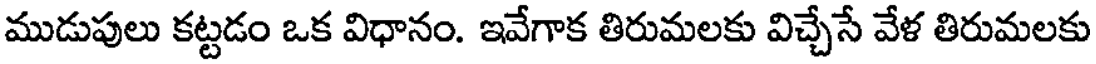
ముడుపులు కట్టడం ఒక విధానం. ఇవేగాక తిరుమలకు విచ్చేసే వేళ తిరుమలకు